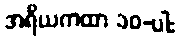
အရိယကထာ ၁၀-ပါး